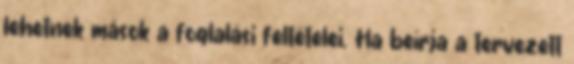
lehetnek mások a foglalási feltételei. Ha beírja a tervezett